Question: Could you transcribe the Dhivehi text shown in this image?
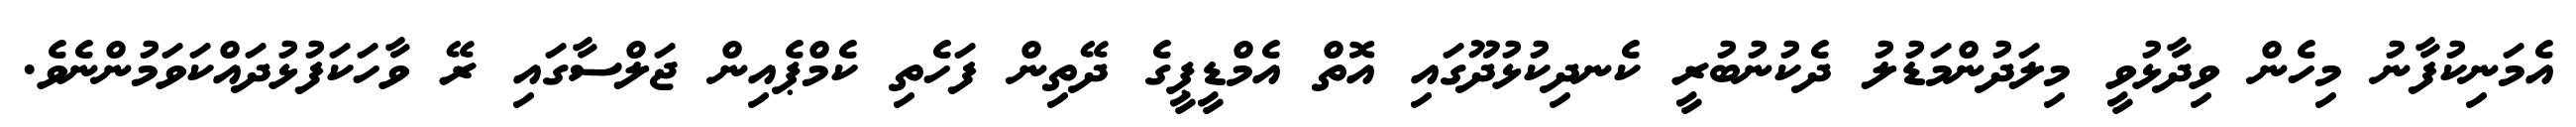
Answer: އެމަނިކުފާނު މިހެން ވިދާޅުވީ މިލަދުންމަޑުލު ދެކުނުބުރީ ކެނދިކުޅުދޫގައި އޮތް އެމްޑީޕީގެ ދޭތިން ފަހެތި ކެމްޕެއިން ޖަލްސާގައި ރޭ ވާހަކަފުޅުދައްކަވަމުންނެވެ.